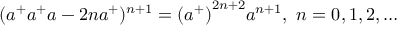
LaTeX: ( a ^ { + } a ^ { + } a - 2 n a ^ { + } ) ^ { n + 1 } = { ( a ^ { + } ) } ^ { 2 n + 2 } a ^ { n + 1 } , \ n = 0 , 1 , 2 , \ldots